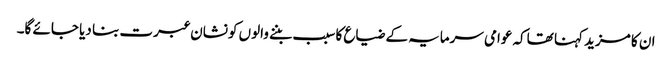
ان کا مزید کہنا تھاکہ عوامی سرمایہ کے ضیاع کا سبب بننے والوں کونشان عبرت بنا دیا جائے گا۔